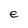
Character: e